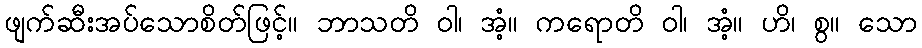
ဖျက်ဆီးအပ်သောစိတ်ဖြင့်။ ဘာသတိ ဝါ၊ အံ့။ ကရောတိ ဝါ၊ အံ့။ ဟိ၊ စွ။ သော